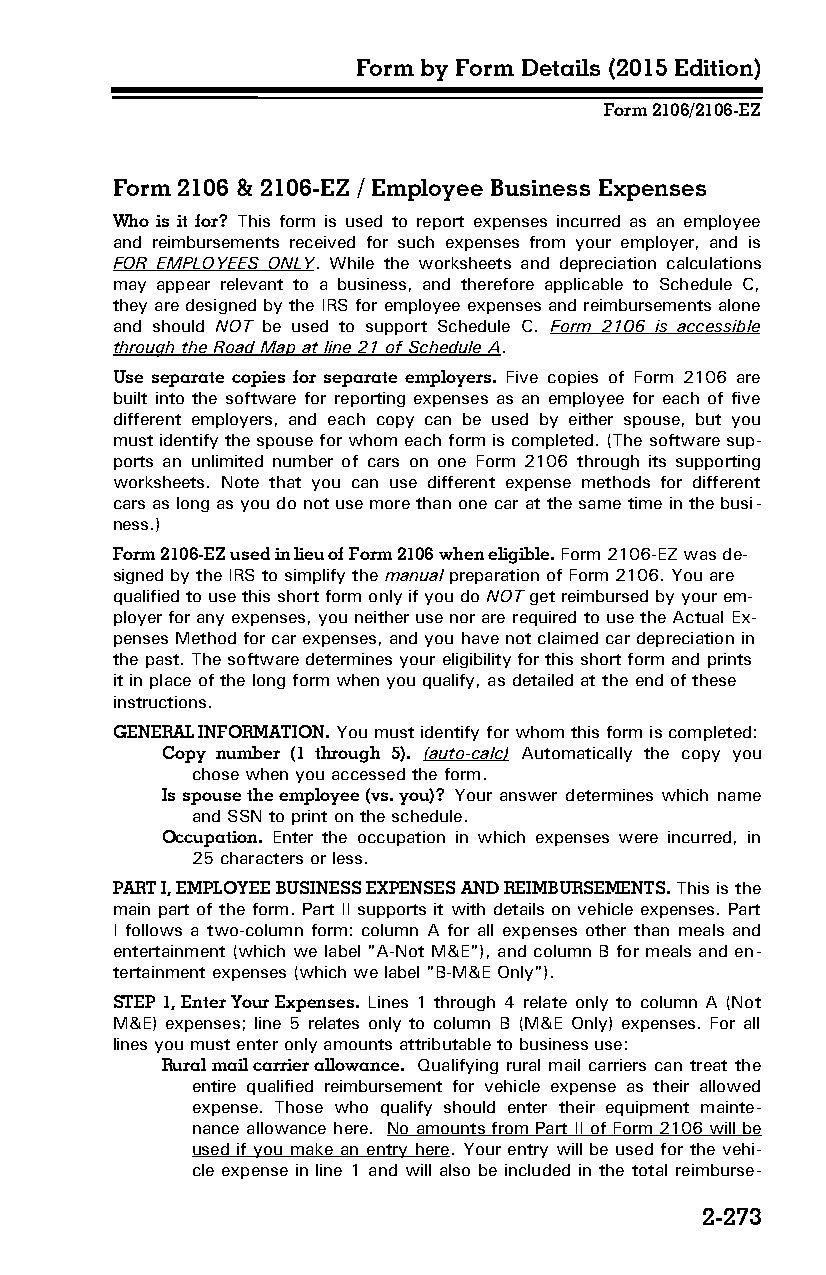
Form by Form Details (2015 Edition)
 Form 2106/2106-EZ
 Form 2106 & 2106-EZ / Employee Business Expenses
 Who is it for? This form is used to report expenses incurred as an employee
 and reimbursements received for such expenses from your employer, and is
 FOR EMPLOYEES ONLY. While the worksheets and depreciation calculations
 may appear relevant to a business, and therefore applicable to Schedule C,
 they are designed by the IRS for employee expenses and reimbursements alone
 and should NOT be used to support Schedule C. Form 2106 is accessible
 through the Road Map at line 21 of Schedule A.
 Use separate copies for separate employers. Five copies of Form 2106 are
 built into the software for reporting expenses as an employee for each of five
 different employers, and each copy can be used by either spouse, but you
 must identify the spouse for whom each form is completed. (The software sup­
 ports an unlimited number of cars on one Form 2106 through its supporting
 worksheets. Note that you can use different expense methods for different
 cars as long as you do not use more than one car at the same time in the busi­
 ness.)
 Form 2106-EZ used in lieu of Form 2106 when eligible. Form 2106-EZ was de­
 signed by the IRS to simplify the manual preparation of Form 2106. You are
 qualified to use this short form only if you do NOT get reimbursed by your em­
 ployer for any expenses, you neither use nor are required to use the Actual Ex­
 penses Method for car expenses, and you have not claimed car depreciation in
 the past. The software determines your eligibility for this short form and prints
 it in place of the long form when you qualify, as detailed at the end of these
 instructions.
 GENERAL INFORMATION. You must identify for whom this form is completed:
 Copy number (1 through 5). (auto-calc) Automatically the copy you
 chose when you accessed the form.
 Is spouse the employee (vs. you)? Your answer determines which name
 and SSN to print on the schedule.
 Occupation. Enter the occupation in which expenses were incurred, in
 25 characters or less.
 PART I, EMPLOYEE BUSINESS EXPENSES AND REIMBURSEMENTS. This is the
 main part of the form. Part II supports it with details on vehicle expenses. Part
 I follows a two-column form: column A for all expenses other than meals and
 entertainment (which we label "A-Not M&E"), and column B for meals and en­
 tertainment expenses (which we label "B-M&E Only").
 STEP 1, Enter Your Expenses. Lines 1 through 4 relate only to column A (Not
 M&E) expenses; line 5 relates only to column B (M&E Only) expenses. For all
 lines you must enter only amounts attributable to business use:
 Rural mail carrier allowance. Qualifying rural mail carriers can treat the
 entire qualified reimbursement for vehicle expense as their allowed
 expense. Those who qualify should enter their equipment mainte­
 nance allowance here. No amounts from Part II of Form 2106 will be
 used if you make an entry here. Your entry will be used for the vehi­
 cle expense in line 1 and will also be included in the total reimburse­
 2-273